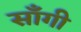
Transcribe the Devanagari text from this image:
साँगी